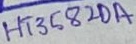
Text: HT3582DA